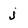
Character: j